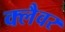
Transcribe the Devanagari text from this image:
क्लैवर